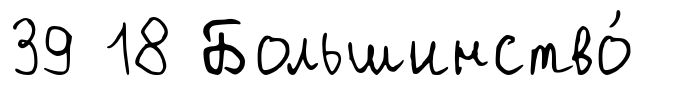
39 18 Большинство́